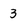
Character: 3